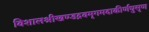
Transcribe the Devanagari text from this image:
विशालश्रीखण्डद्रवमृगमदाकीर्णघुसृण